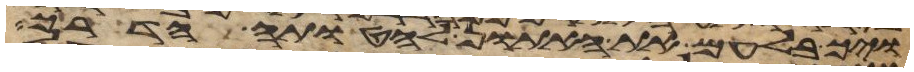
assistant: ויך בלעם את האתון להטותה הדרך